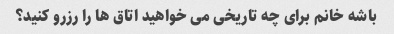
باشه خانم برای چه تاریخی می خواهید اتاق ها را رزرو کنید؟